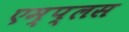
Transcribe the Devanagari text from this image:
एम्प्लस